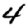
Digit: 4